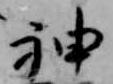
神